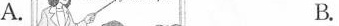
A. B.